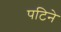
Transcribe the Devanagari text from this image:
पटिने